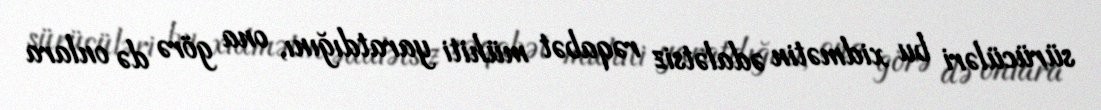
sürücüləri bu xidmətin ədalətsiz rəqabət mühiti yaratdığını, ona görə də onlara